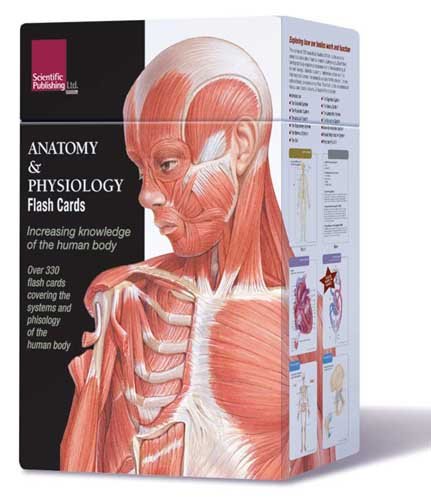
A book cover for Anatomy & Physiology Flash Cards; Scientific Publishing; Medical Books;